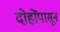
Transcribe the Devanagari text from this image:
दोहोंपासून